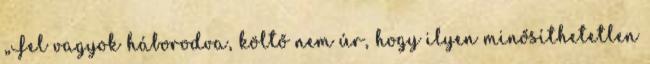
„Fel vagyok háborodva, költő nem úr, hogy ilyen minősíthetetlen